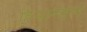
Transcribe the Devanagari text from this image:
हिमान्चल